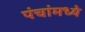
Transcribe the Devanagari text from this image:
पंचांमध्ये